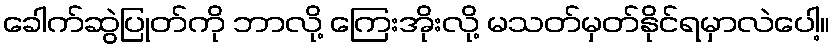
ခေါက်ဆွဲပြုတ်ကို ဘာလို့ ကြေးအိုးလို့ မသတ်မှတ်နိုင်ရမှာလဲပေါ့။